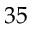
3 5